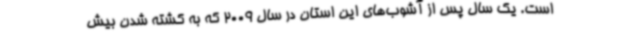
است. یک سال پس از آشوب‌های این استان در سال 2009 که به کشته شدن بیش